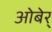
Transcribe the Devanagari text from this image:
ओबेर्